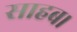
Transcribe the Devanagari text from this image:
साहब।